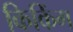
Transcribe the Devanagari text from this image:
किकिंग